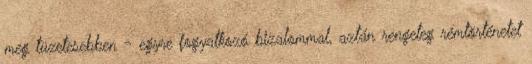
meg tüzetesebben - egyre fogyatkozó bizalommal, aztán rengeteg rémtörténetet